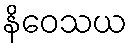
နိဝေသယ